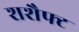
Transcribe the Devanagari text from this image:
शशैफ्ट